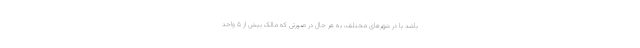
باشد یا در شهرهای مختلف، به هر حال در صورتی که مالک بیش از ۵ واحد